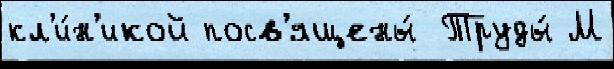
кл'и́н'икой посв'ящены́ Труды́ М